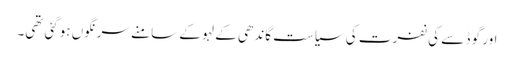
اور گو ڈ سے کی نفرت کی سیاست گاندھی کے لہو کے سامنے سرنگوں ہوگئی تھی۔